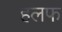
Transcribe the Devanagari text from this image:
हलफ